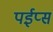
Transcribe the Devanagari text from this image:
पईप्स